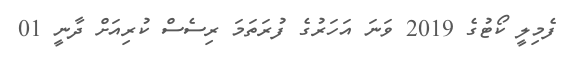
ފެމިލީ ކޯޓުގެ 2019 ވަނަ އަހަރުގެ ފުރަތަމަ ރިސެސް ކުރިއަށް ދާނީ 01